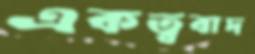
একত্ববাদ